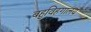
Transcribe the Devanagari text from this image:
बहुविहगालय